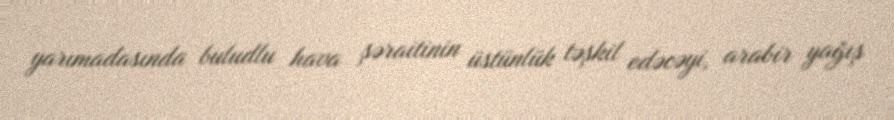
yarımadasında buludlu hava şəraitinin üstünlük təşkil edəcəyi, arabir yağış